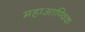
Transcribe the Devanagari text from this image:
महाआण्विक